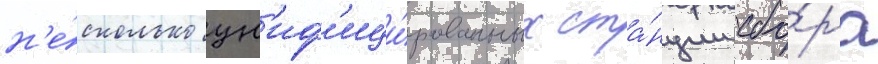
н'е́сколько ун'иф'ици́рованных ста́нции сбо́ра